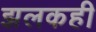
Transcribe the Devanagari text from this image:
झलकही